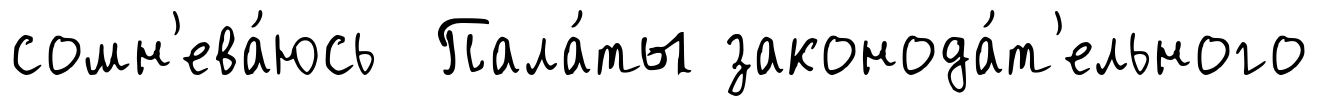
сомн'ева́юсь Пала́ты законода́т'ельного